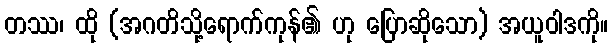
တဿ၊ ထို (အဂတိသို့ရောက်ကုန်၏ ဟု ပြောဆိုသော) အယူဝါဒကို။